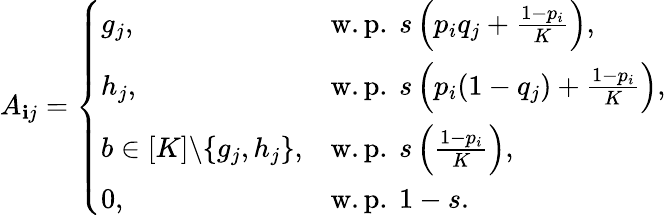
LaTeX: A_{\mathbf{i}j}=\left\{ \begin{array}{ll}{g_{j},}&{\mathrm{w.p.~}s\left(p_{i}q_{j}+\frac{1-p_{i}}{K}\right),}\\ {h_{j},}&{\mathrm{w.p.~}s\left(p_{i}(1-q_{j})+\frac{1-p_{i}}{K}\right),}\\ {b\in[K]\backslash\{ g_{j},h_{j}\} ,}&{\mathrm{w.p.~}s\left(\frac{1-p_{i}}{K}\right),}\\ {0,}&{\mathrm{w.p.~}1-s.}\end{array}\right.